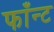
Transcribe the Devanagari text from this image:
फाँन्ट